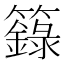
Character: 籙